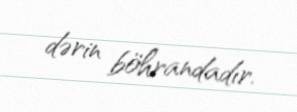
dərin böhrandadır.